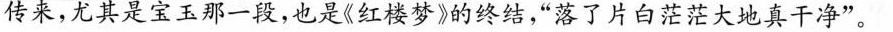
传来，尤其是宝玉那一段，也是《红楼梦$的终结，”落了片白茫茫大地真干净”。